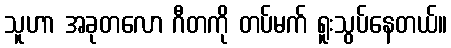
သူဟာ အခုတလော ဂီတကို တပ်မက် ရူးသွပ်နေတယ်။